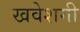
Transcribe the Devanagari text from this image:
खवेशगी